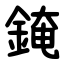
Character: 䤶